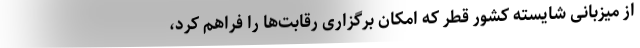
از میزبانی شایسته کشور قطر که امکان برگزاری رقابت‌ها را فراهم کرد،